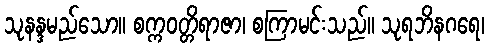
သုနန္ဒမည်သော။ စက္ကဝတ္တိရာဇာ၊ စကြာမင်းသည်။ သုရဘိနဂရေ၊